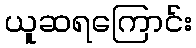
ယူဆရကြောင်း